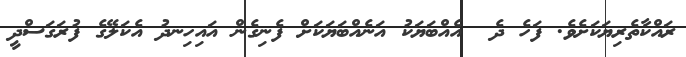
ރައްކާތެރިޔަކަށެވެ. ފަހެ ދެ  އެއްބަޔަކު އަނެއްބަޔަކަށް ފެނިގެން އައިހިނދު އެކަލޭގެ ފުރަގަސްދީ